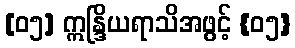
[၀၅] ဣန္ဒြိယရာသိအဖွင့် {၀၅}